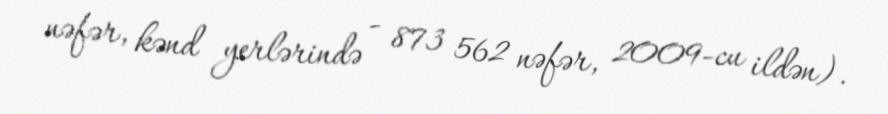
nəfər, kənd yerlərində - 873 562 nəfər, 2009-cu ildən).